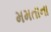
મમતાના